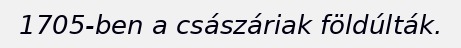
1705-ben a császáriak földúlták.